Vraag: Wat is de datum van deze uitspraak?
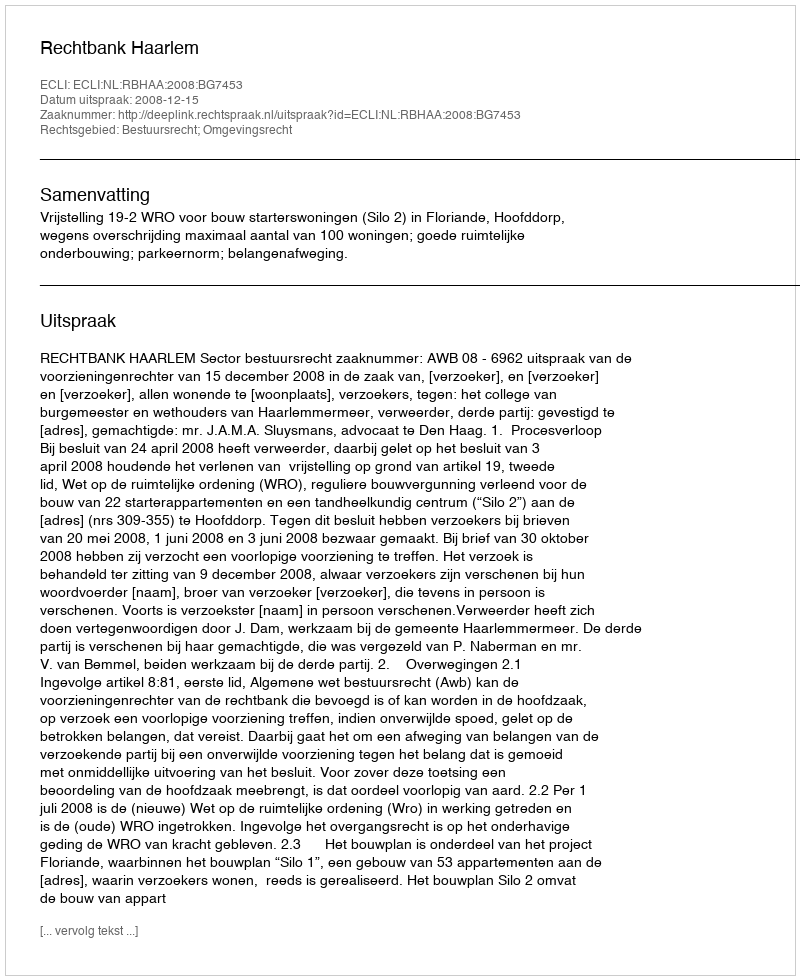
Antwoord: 2008-12-15